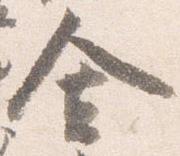
舎